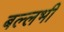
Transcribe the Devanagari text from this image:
बल्‍लभी